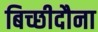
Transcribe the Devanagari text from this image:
बिच्छीदौना